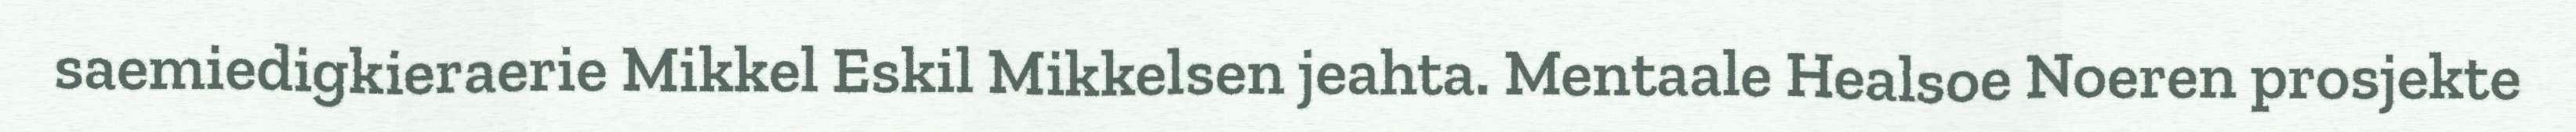
saemiedigkieraerie Mikkel Eskil Mikkelsen jeahta. Mentaale Healsoe Noeren prosjekte